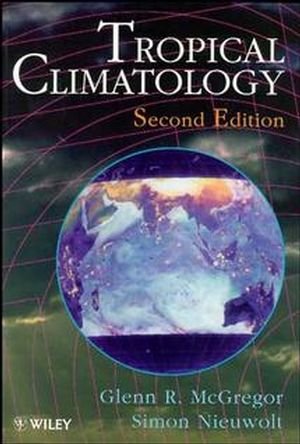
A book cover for Tropical Climatology: An Introduction to the Climates of the Low Latitudes, 2nd Edition; Glenn R. McGregor; Science & Math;